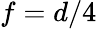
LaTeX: f=d/4